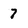
Character: 7